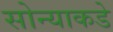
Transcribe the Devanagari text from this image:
सोन्याकडे